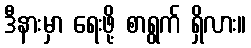
ဒီနားမှာ ရေးဖို့ စာရွက် ရှိလား။